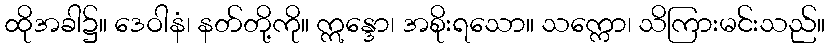
ထိုအခါ၌။ ဒေဝါနံ၊ နတ်တို့ကို။ ဣန္ဒော၊ အစိုးရသော။ သက္ကော၊ သိကြားမင်းသည်။